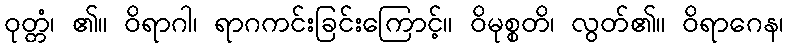
ဝုတ္တံ၊ ၏။ ဝိရာဂါ၊ ရာဂကင်းခြင်းကြောင့်။ ဝိမုစ္စတိ၊ လွတ်၏။ ဝိရာဂေန၊